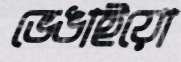
ভেঙাইয়ো